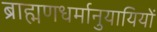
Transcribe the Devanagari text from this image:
ब्राह्मणधर्मानुयायियों